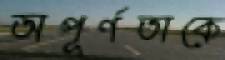
অপূর্ণতাকে